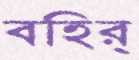
বহির্